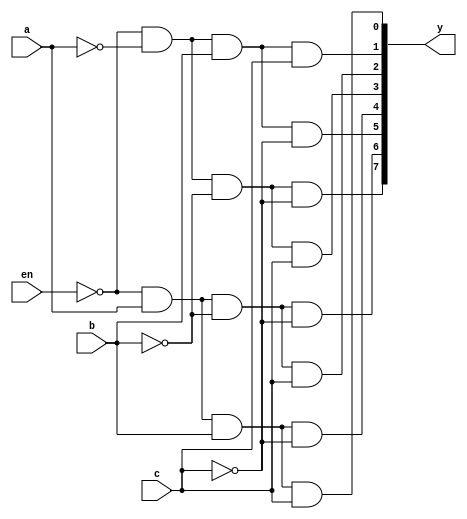
module design_3to8decoder (en,a,b,c,y); //defining the module
    input en,a,b, c; //inputs 
    output wire [0:7]y; // out will be in 'reg' need to store 8digit #

    // As this is the Data flow modeling we will need to design it 

    wire nen, na, nb,nc;

    //extra connection required
    assign nen = ~en;
    assign na = ~a;
    assign nb = ~b;
    assign nc = ~c;

    //deciding the out values as per the logic diagram
    
        assign y[0] = nen&na&nb&nc;
        assign y[1] = nen&a&nb&nc;
        assign y[2] = nen&na&b&nc;
        assign y[3] = nen&a&b&nc;
        assign y[4] = nen&na&nb&c;
        assign y[5] = nen&a&nb&c;
        assign y[6] = nen&na&b&c;
        assign y[7] = nen&a&b&c;



endmodule